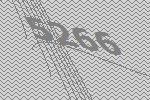
5266